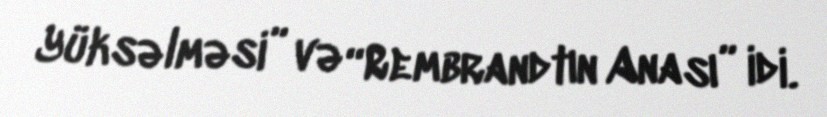
Yüksəlməsi” və “Rembrandtın Anası” idi.